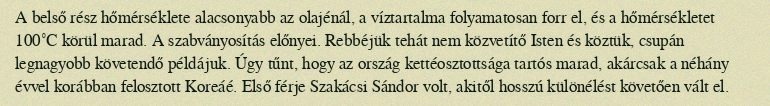
A belső rész hőmérséklete alacsonyabb az olajénál, a víztartalma folyamatosan forr el, és a hőmérsékletet 100˚C körül marad. A szabványosítás előnyei. Rebbéjük tehát nem közvetítő Isten és köztük, csupán legnagyobb követendő példájuk. Úgy tűnt, hogy az ország kettéosztottsága tartós marad, akárcsak a néhány évvel korábban felosztott Koreáé. Első férje Szakácsi Sándor volt, akitől hosszú különélést követően vált el.